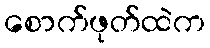
စောက်ဖုတ်ထဲက